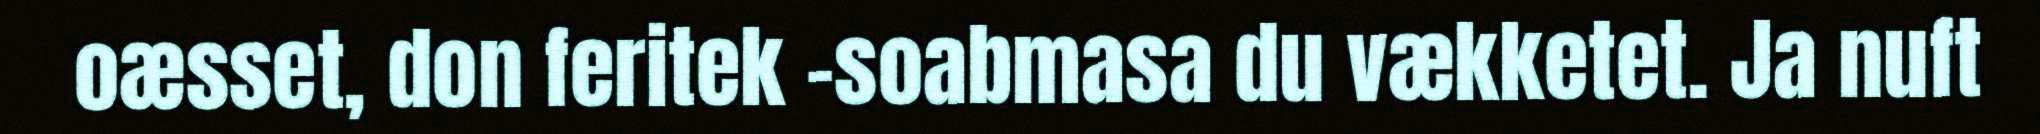
oæsset, don feritek -soabmasa du vækketet. Ja nuft